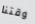
وقتنا